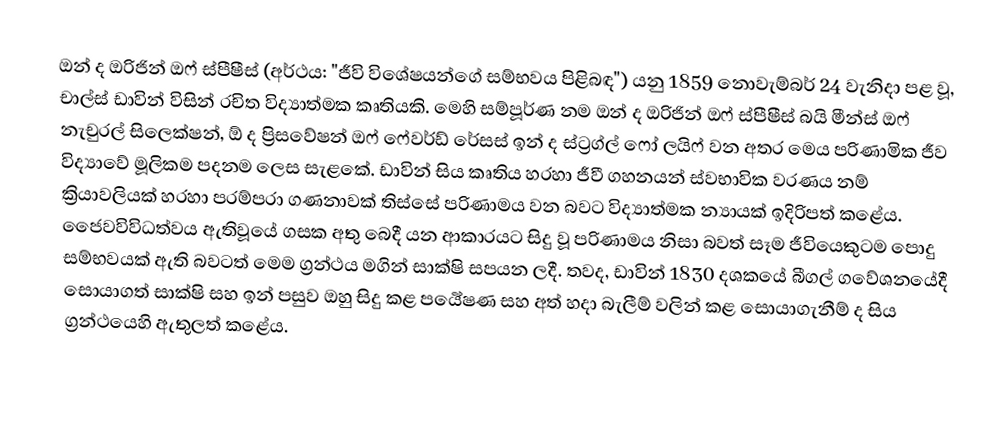
ඔන් ද ඔරිජින් ඔෆ් ස්පීෂීස් (අර්ථය: "ජීවි විශේෂයන්ගේ සම්භවය පිළිබඳ") යනු 1859 නොවැම්බර් 24 වැනිදා පළ වූ, චාල්ස් ඩාවින් විසින් රචිත විද්‍යාත්මක කෘතියකි. මෙහි සම්පූර්ණ නම ඔන් ද ඔරිජින් ඔෆ් ස්පීෂීස් බයි මීන්ස් ඔෆ් නැචුරල් සිලෙක්ෂන්, ඕ ද ප්‍රිසවේෂන් ඔෆ් ෆේවර්ඩ් රේසස් ඉන් ද ස්ට්‍රග්ල් ෆෝ ලයිෆ් වන අතර මෙය පරිණාමික ජීව විද්‍යාවේ මූලිකම පදනම ලෙස සැළකේ. ඩාවින් සිය කෘතිය හරහා ජීවී ගහනයන් ස්වභාවික වරණය නම් ක්‍රියාවලියක් හරහා පරම්පරා ගණනාවක් තිස්සේ පරිණාමය වන බවට විද්‍යාත්මක න්‍යායක් ඉදිරිපත් කළේය. ජෛවවිවිධත්වය ඇතිවූයේ ගසක අතු බෙදී යන ආකාරයට සිදු වූ පරිණාමය නිසා බවත් සෑම ජීවියෙකුටම පොදු සම්භවයක් ඇති බවටත් මෙම ග්‍රන්ථය මගින් සාක්ෂි සපයන ලදී. තවද, ඩාවින් 1830 දශකයේ බීගල් ගවේශනයේදී සොයාගත් සාක්ෂි සහ ඉන් පසුව ඔහු සිදු කළ පර්‍යේෂණ සහ අත් හදා බැලීම් වලින් කළ සොයාගැනීම් ද සිය ග්‍රන්ථයෙහි ඇතුලත් කළේය.